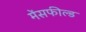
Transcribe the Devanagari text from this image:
मेंसफील्ड